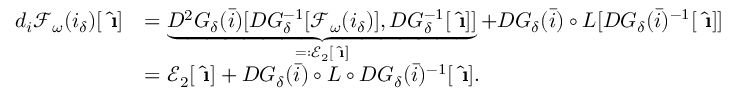
\begin{array} { r l } { d _ { i } \mathcal { F } _ { \omega } ( i _ { \delta } ) [ \hat { \textbf { \i } } ] } & { = \underbrace { D ^ { 2 } G _ { \delta } ( \bar { i } ) [ D G _ { \delta } ^ { - 1 } [ \mathcal { F } _ { \omega } ( i _ { \delta } ) ] , D G _ { \delta } ^ { - 1 } [ \hat { \textbf { \i } } ] ] } _ { = : \mathcal { E } _ { 2 } [ \hat { \textbf { \i } } ] } + D G _ { \delta } ( \bar { i } ) \circ L [ D G _ { \delta } ( \bar { i } ) ^ { - 1 } [ \hat { \textbf { \i } } ] ] } \\ & { = \mathcal { E } _ { 2 } [ \hat { \textbf { \i } } ] + D G _ { \delta } ( \bar { i } ) \circ L \circ D { G } _ { \delta } ( \bar { i } ) ^ { - 1 } [ \hat { \textbf { \i } } ] . } \end{array}